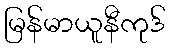
မြန်မာယူနီကုဒ်